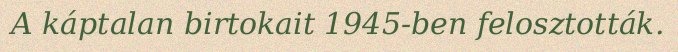
A káptalan birtokait 1945-ben felosztották.